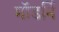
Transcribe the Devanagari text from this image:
मॉडर्नि